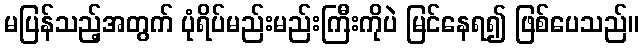
မပြန်သည့်အတွက် ပုံရိပ်မည်းမည်းကြီးကိုပဲ မြင်နေရ၍ ဖြစ်ပေသည်။